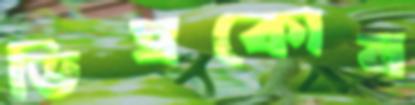
ডিম্বকোষ